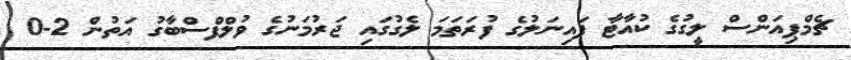
ޗެމްޕިއަންސް ލީގުގެ ކުއާޓާ ފައިނަލުގެ ފުރަތަމަ ލެގުގައި ޖަރުމަނުގެ ވުލްފްސްބާގު އަތުން 2-0